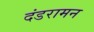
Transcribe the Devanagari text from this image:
दंडरामन